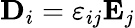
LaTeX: \mathbf{D}_{i}=\varepsilon_{ij}\mathbf{E}_{j}